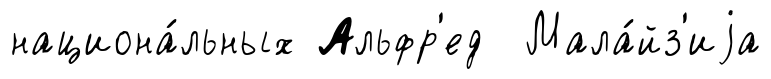
национа́льных Альфр'ед Мала́йз'иjа